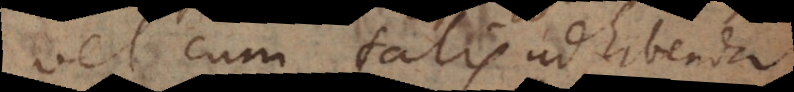
vel cum talis adhibenda